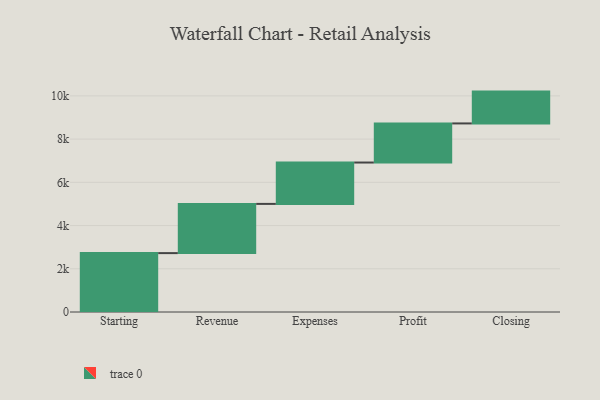
{"axis": {"x": "Step", "y": "Value"}, "legend": [""], "data": [{"x": "Starting", "y": 2725.0, "type": ""}, {"x": "Revenue", "y": 2277.0, "type": ""}, {"x": "Expenses", "y": 1914.0, "type": ""}, {"x": "Profit", "y": 1809.0, "type": ""}, {"x": "Closing", "y": 1473.0, "type": ""}]}